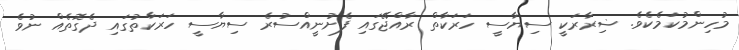
މުހިންމުކަމެކެވެ. ޟިރާރަކީ ސިޔާސީ ހަރަކާތް ރާއްޖޭގައި ފެށުނީއްސުރެ ސިޔާސީ ހަރަކާތުގައި ދެގޮތެއް ނުވެ